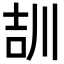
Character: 𡔠